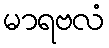
မာရဗလံ